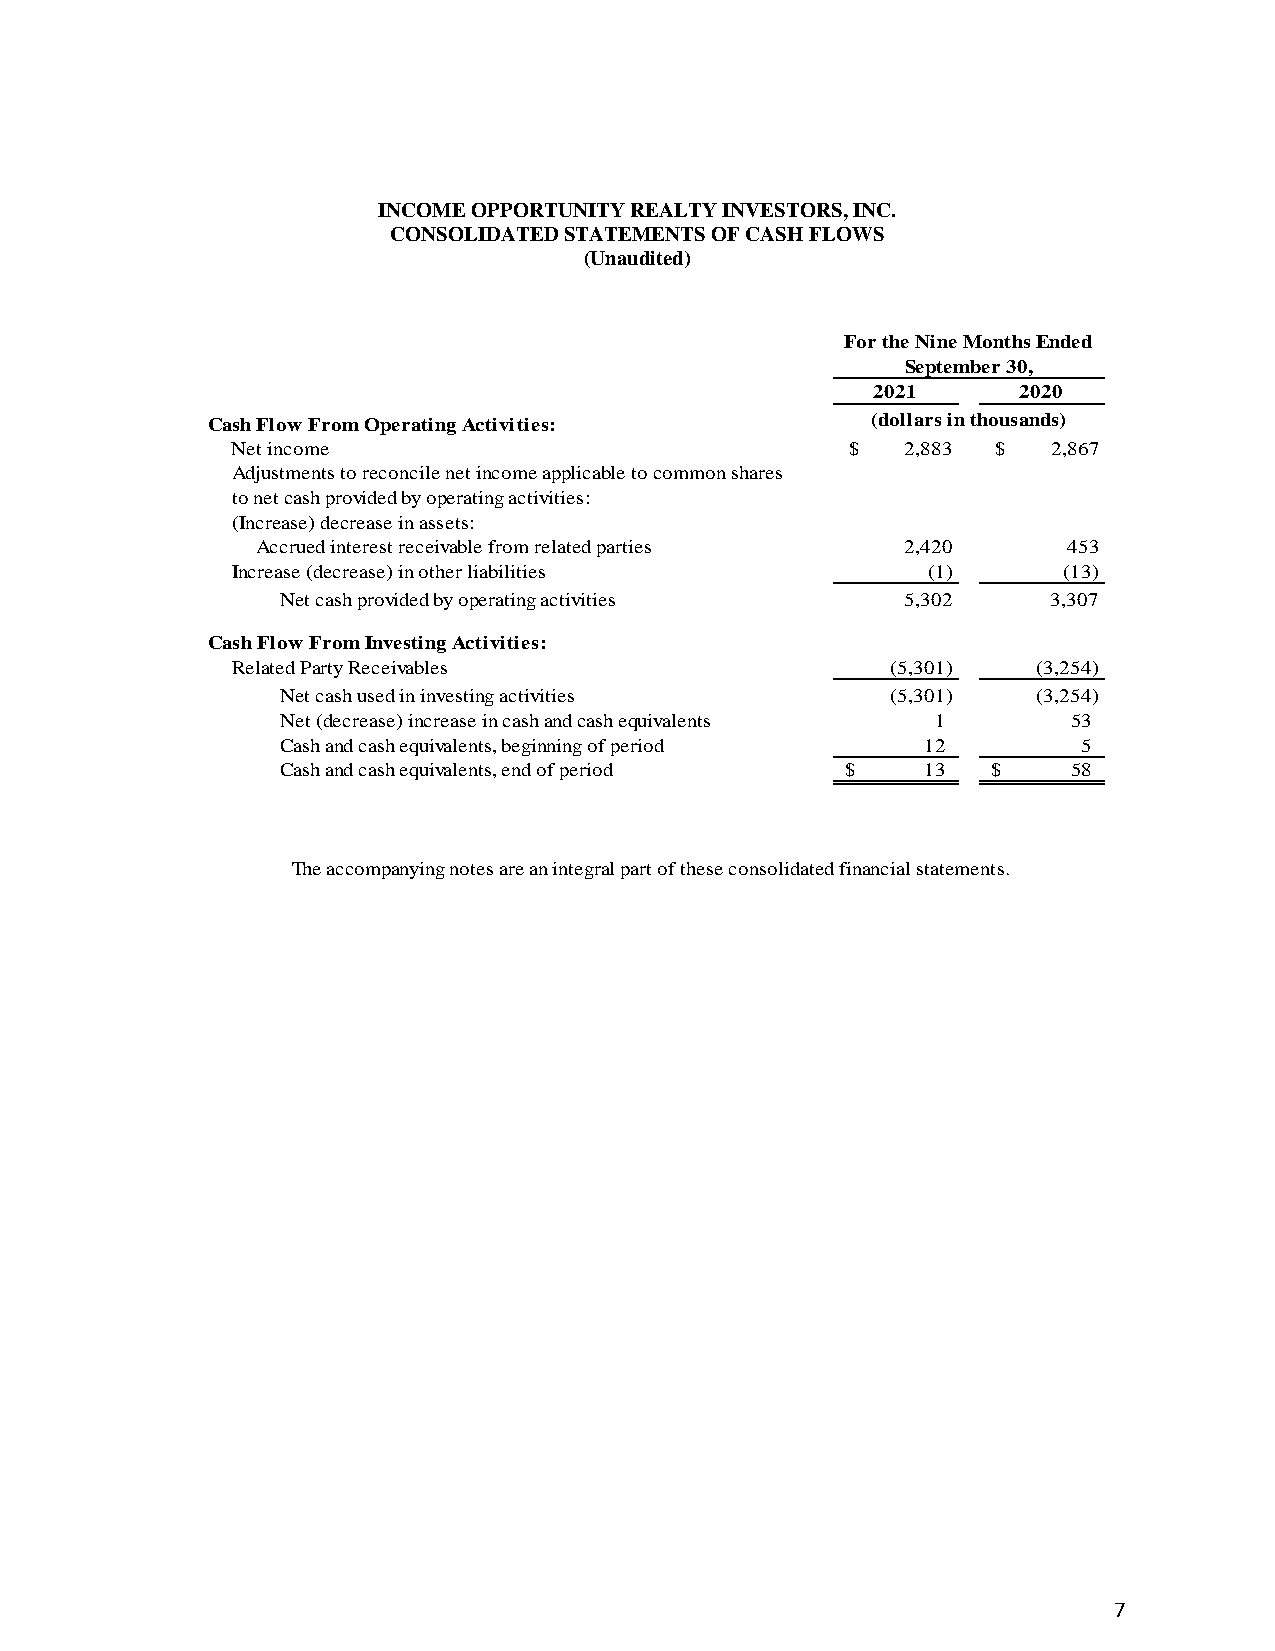
INCOME OPPORTUNITY REALTY INVESTORS, INC.
 CONSOLIDATED STATEMENTS OF CASH FLOWS
 (Unaudited)
 For the Nine Months Ended
 September 30,
 2021     2020
 Cash Flow From Operating Activities:        (dollars in thousands)
 Net income                               $   2,883 $   2,867
 Adjustments to reconcile net income applicable to common shares
 to net cash provided by operating activities:
 (Increase) decrease in assets:
 Accrued interest receivable from related parties 2,420 453
 Increase (decrease) in other liabilities      (1)      (13)
 Net cash provided by operating activities 5,302    3,307
 Cash Flow From Investing Activities:
 Related Party Receivables                   (5,301)   (3,254)
 Net cash used in investing activities   (5,301)   (3,254)
 Net (decrease) increase in cash and cash equivalents 1 5 3
 Cash and cash equivalents, beginning of period 1 2   5
 Cash and cash equivalents, end of period $ 1 3 $    5 8
 The accompanying notes are an integral part of these consolidated financial statements.
 7